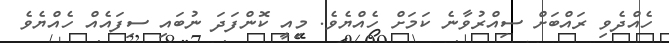
ހެއްދެވި ރައްބަށް ސިއްރުވާނެ ކަމަށް ހެއްޔެވެ. މިއީ ކޮންފަދަ ނުބައި ސިފައެއް ހެއްޔެވެ